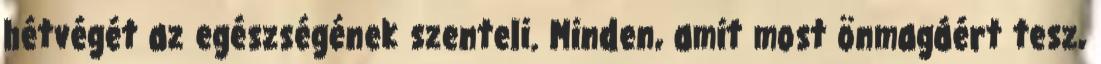
hétvégét az egészségének szenteli. Minden, amit most önmagáért tesz,